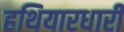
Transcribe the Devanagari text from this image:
हथियारधारी